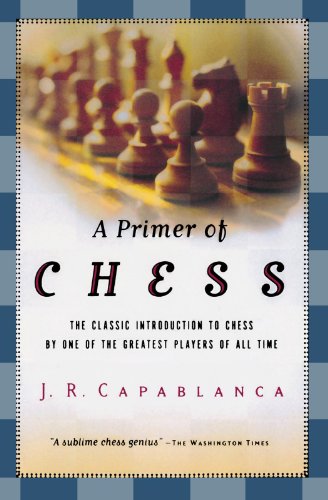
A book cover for A Primer of Chess; Jose R. Capablanca; Teen & Young Adult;